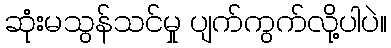
ဆုံးမသွန်သင်မှု ပျက်ကွက်လို့ပါပဲ။